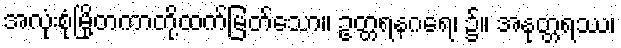
အလုံးစုံမြို့တကာတို့ထက်မြတ်သော။ ဥတ္တရနဂရေ၊ ၌။ အနုတ္တရဿ၊